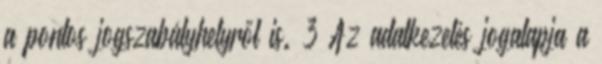
a pontos jogszabályhelyről is. 3 Az adatkezelés jogalapja a